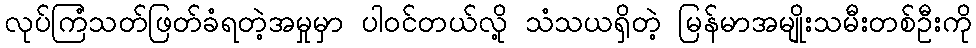
လုပ်ကြံသတ်ဖြတ်ခံရတဲ့အမှုမှာ ပါဝင်တယ်လို့ သံသယရှိတဲ့ မြန်မာအမျိုးသမီးတစ်ဦးကို